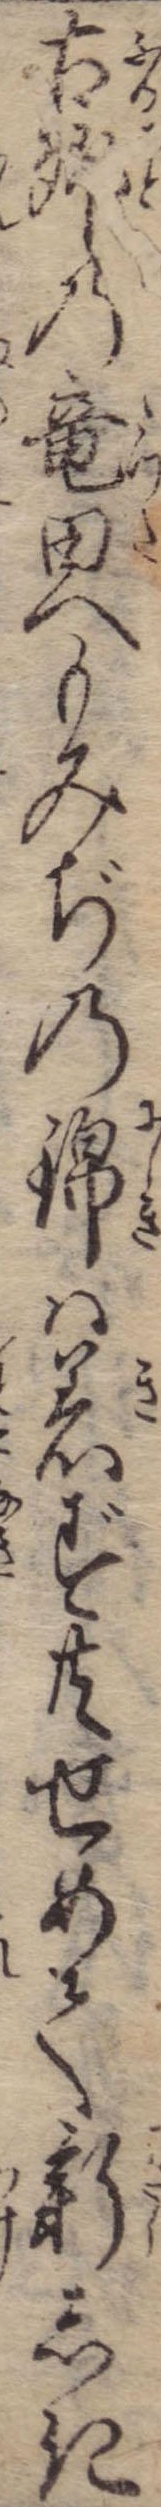
古郷と竜田へもみぢの錦は着ず共せめて新しき